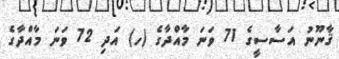
ޤާނޫނު އަސާސީގެ 71 ވަނަ މާއްދާގެ (ހ) އަދި 72 ވަނަ މާއްދާގެ